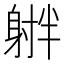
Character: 𪧻